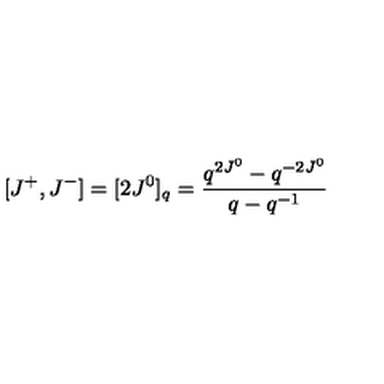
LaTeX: [ J ^ { + } , J ^ { - } ] = [ 2 J ^ { 0 } ] _ { q } = \frac { q ^ { 2 J ^ { 0 } } - q ^ { - 2 J ^ { 0 } } } { q - q ^ { - 1 } }